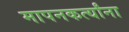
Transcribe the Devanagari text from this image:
मापनकर्त्यांना